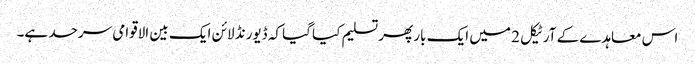
اس معاہدے کے آرٹیکل 2 میں ایک بار پھر تسلیم کیا گیا کہ ڈیورنڈ لائن ایک بین الاقوامی سرحد ہے۔